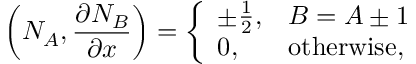
\left( N _ { A } , \frac { \partial N _ { B } } { \partial x } \right) = \left\{ \begin{array} { l l } { \pm \frac { 1 } { 2 } , } & { B = A \pm 1 } \\ { 0 , } & { \mathrm { o t h e r w i s e } , } \end{array} \right.